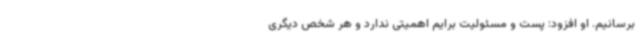
برسانیم. او افزود: پست و مسئولیت برایم اهمیتی ندارد و هر شخص دیگری